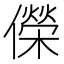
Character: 儝